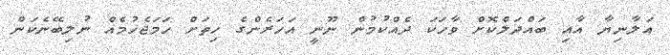
އަލާނިޔާ އާއި ބައްދަލްކޮށް ވާހަކަ ދެއްކުމުން ނޫނީ އަހަރެންގެ ހިތަށް ހަމަޖެހުމެއް ނުލިބޭނެކަން